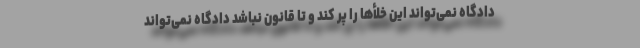
دادگاه نمی‌تواند این خلأها را پر کند و تا قانون نباشد دادگاه نمی‌تواند